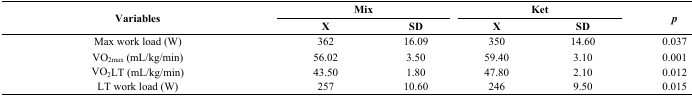
| <ROWSPAN=2> Variables | <COLSPAN=2> Mix | <COLSPAN=2> Ket | <ROWSPAN=2> p |
 | X | SD | X | SD |
 | --- | --- | --- | --- | --- | --- |
 | Max work load (W) | 362 | 16.09 | 350 | 14.60 | 0.037 |
 | VO2max (mL/kg/min) | 56.02 | 3.50 | 59.40 | 3.10 | 0.001 |
 | VO2LT (mL/kg/min) | 43.50 | 1.80 | 47.80 | 2.10 | 0.012 |
 | LT work load (W) | 257 | 10.60 | 246 | 9.50 | 0.015 |